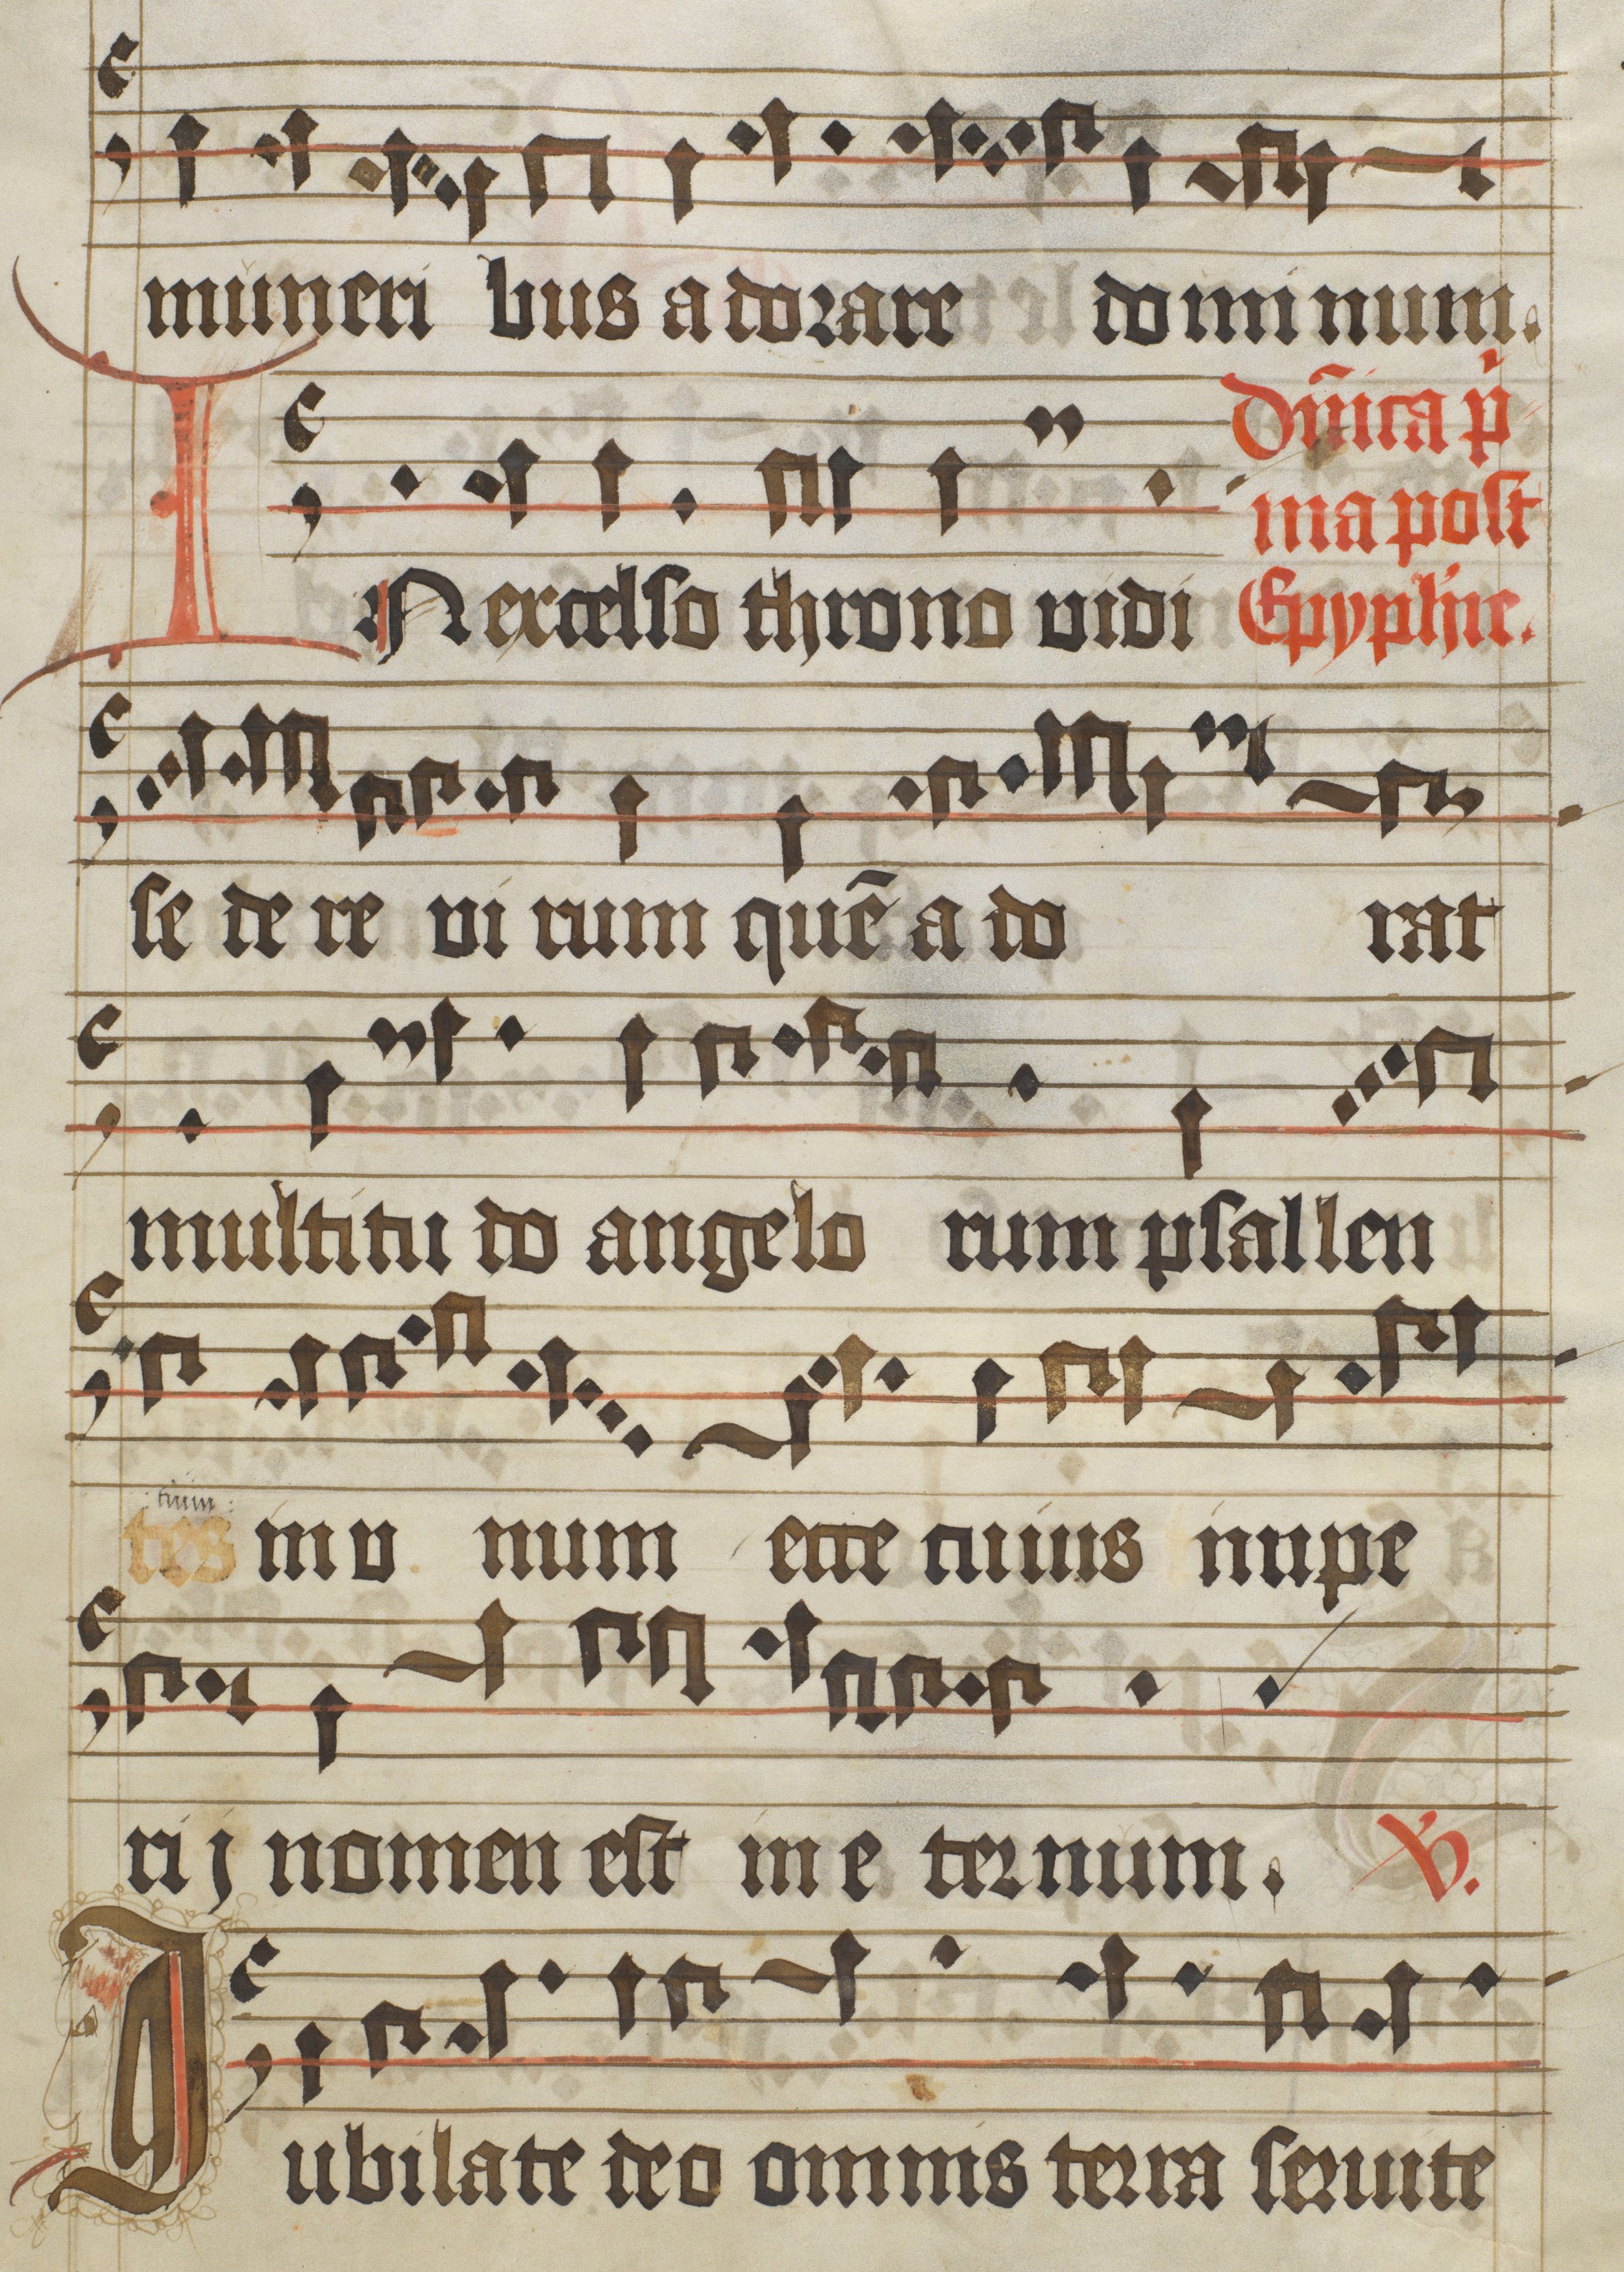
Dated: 1475–1499